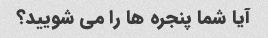
آیا شما پنجره ها را می شویید؟